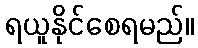
ရယူနိုင်စေရမည်။